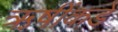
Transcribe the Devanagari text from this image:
ऋषींकडे